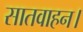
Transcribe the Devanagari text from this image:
सातवाहन।